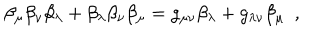
\beta _ { \mu } \beta _ { \nu } \beta _ { \lambda } + \beta _ { \lambda } \beta _ { \nu } \beta _ { \mu } = g _ { \mu \nu } \beta _ { \lambda } + g _ { \lambda \nu } \beta _ { \mu } \, \, \, ,